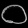
Digit: ၀